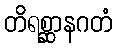
တိရစ္ဆာနဂတံ